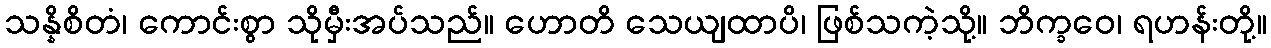
သန္နိစိတံ၊ ကောင်းစွာ သိုမှီးအပ်သည်။ ဟောတိ သေယျထာပိ၊ ဖြစ်သကဲ့သို့။ ဘိက္ခဝေ၊ ရဟန်းတို့။